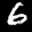
Label: 6